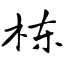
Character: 栋